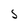
Character: S